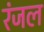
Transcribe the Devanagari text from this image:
रंजल